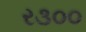
ર૩૦૦